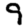
Digit: 9